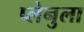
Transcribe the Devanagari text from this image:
प्लेनुला